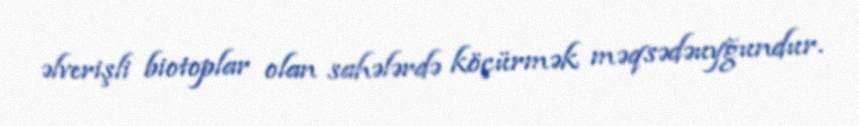
əlverişli biotoplar olan sahələrdə köçürmək məqsədəuyğundur.